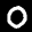
Label: 0